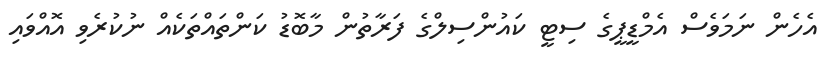
އެހެން ނަމަވެސް އެމްޑީޕީގެ ސިޓީ ކައުންސިލްގެ ފަރާތުން މާބޮޑު ކަންތައްތަކެއް ނުކުރެވި އޮއްވައި